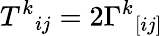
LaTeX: T^{k}{}_{ij}=2\Gamma^{k}{}_{[ij]}